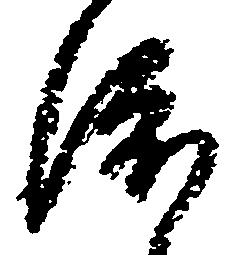
渡